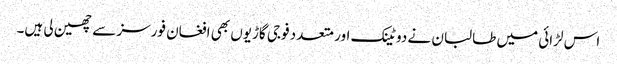
اس لڑائی میں طالبان نے دو ٹینک اور متعدد فوجی گاڑیوں بھی افغان فورسز سے چھین لی ہیں۔